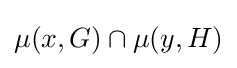
\mu (x,G)\cap \mu (y,H)